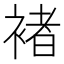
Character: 褚